Annual returns of the Patna Lunatic Asylum at Bankipore in Bihar and Orissa - 1912-1924
Year: 1912
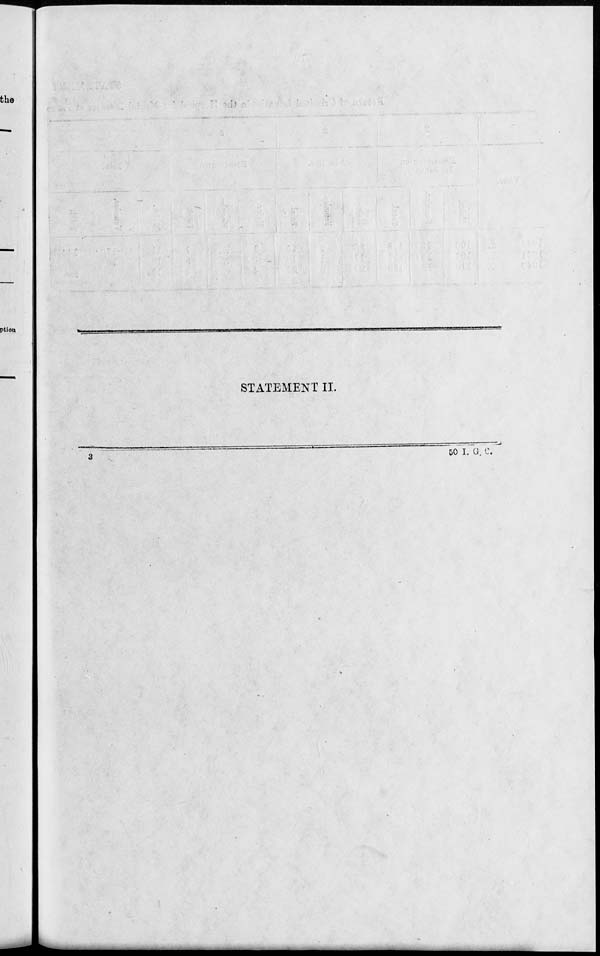
STATEMENT II.
3
50 I. G. C.